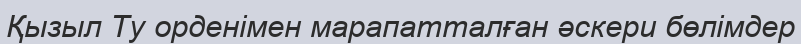
Қызыл Ту орденімен марапатталған әскери бөлімдер